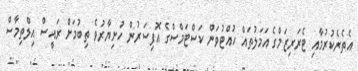
އެތެރެކުރުމާއި ޓެރަރިޒަމްގެ އަމަލުތައް ހުއްޓުވަން ކަސްޓަމްސްގެ އޮފިސަރުން ހުށިޔާރުވެ ތިބުމަށް ރައީސް އިލްތިމާސް